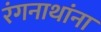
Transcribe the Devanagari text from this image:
रंगनाथांना